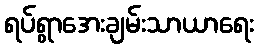
ရပ်ရွာအေးချမ်းသာယာရေး